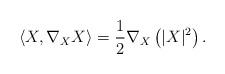
LaTeX: \begin{align*} \left \langle X, \nabla_X X \right \rangle = \frac{1}{2} \nabla_X \left ( |X|^2\right ) .\end{align*}